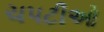
ચપટીઓ